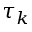
\tau _ { k }